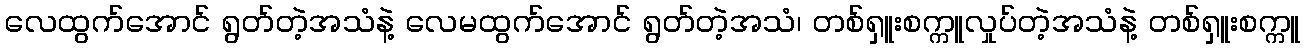
လေထွက်အောင် ရွတ်တဲ့အသံနဲ့ လေမထွက်အောင် ရွတ်တဲ့အသံ၊ တစ်ရှူးစက္ကူလှုပ်တဲ့အသံနဲ့ တစ်ရှူးစက္ကူ